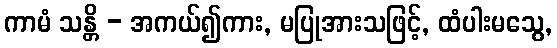
ကာမံ သန္တိ - အကယ်၍ကား, မပြုအားသဖြင့်, ထံပါးမသွေ,